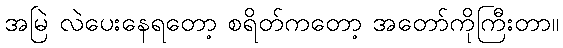
အမြဲ လဲပေးနေရတော့ စရိတ်ကတော့ အတော်ကိုကြီးတာ။